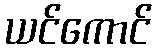
ယင်ကောင်